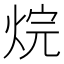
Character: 烷